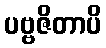
ပဗ္ဗဇိတာပိ